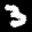
Label: 3